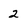
Character: 2